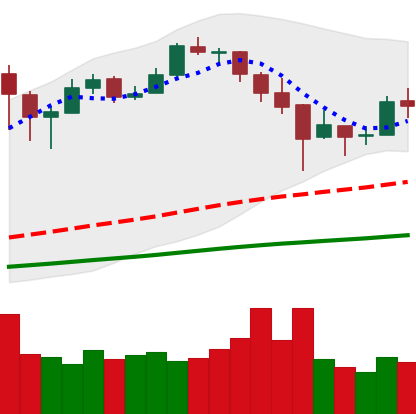
Ticker: BTC-USD
Chart end date: 2017-12-27
Forward return: -13.772%
Label: down_7plus